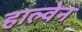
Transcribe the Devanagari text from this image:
हाल्वेन